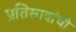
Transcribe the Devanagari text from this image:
प्रतिसादांची